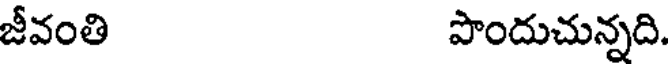
జీవంతి పొందుచున్నది.